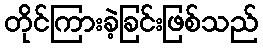
တိုင်ကြားခဲ့ခြင်းဖြစ်သည်